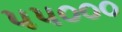
૫૫૦૦૦